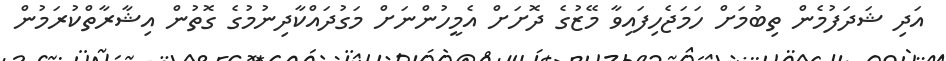
އަދި ޝަދަފުމެން ތިބުމަށް ހަމަޖެހިފައިވާ މޭޒުގެ ދޮށަށް އެމީހުންނަށް މަގުދައްކާދިނުމުގެ ގޮތުން އިޝާރާތްކުރަމުން